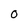
Character: 0